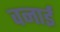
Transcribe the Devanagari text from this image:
वनाई